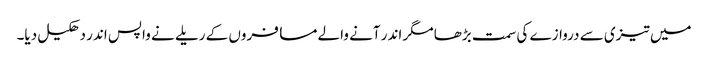
میں تیزی سے دروازے کی سمت بڑھا مگر اندر آنے والے مسافروں کے ریلے نے واپس اندر دھکیل دیا۔